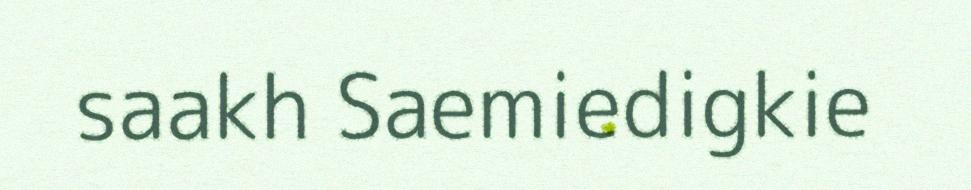
saakh Saemiedigkie